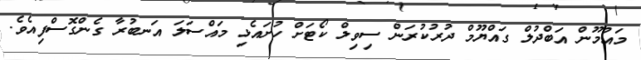
މައުމޫން އަބްދުލް ގައްޔޫމް ދުރުކުރަން ސިވިލް ކޯޓަށް ހުށައެޅި މައްސަލަ އަނބުރާ ގެންގޮސްފިއެވެ.